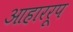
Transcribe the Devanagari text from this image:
आहाररूप